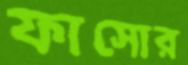
ফাসোর